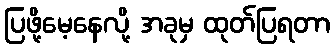
ပြဖို့မေ့နေလို့ အခုမှ ထုတ်ပြရတာ